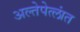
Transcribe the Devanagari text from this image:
अल्तेपेत्लांत